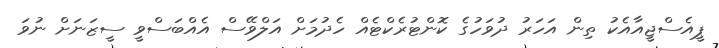
ޕީއެސްޖީއާއެކު ތިން އަހަރު ދުވަހުގެ ކޮންޓުރެކްޓެއް ހެދުމަށް އަލްވޭސް އެއްބަސްވީ ސީޒަަނަށް ނުވަ